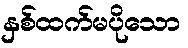
နှစ်ထက်မပိုသော